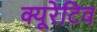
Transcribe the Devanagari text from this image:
क्यूरेटिव